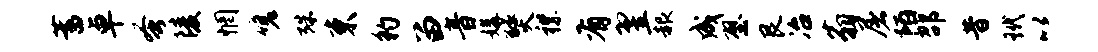
蓄卓蚤陵惘嗟殊束豹留音媾燹襟有翌赧成壁艮冶翁屠陌邵昔玳以